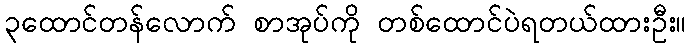
၃ထောင်တန်လောက် စာအုပ်ကို တစ်ထောင်ပဲရတယ်ထားဦး။